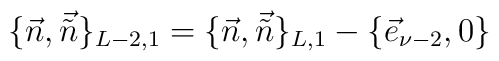
\{\vec{n},\vec{\tilde n}\}_{L-2,1}=\{\vec{n},\vec{\tilde n}\}_{L,1}-\{\vec{e}_{\nu-2},0\}